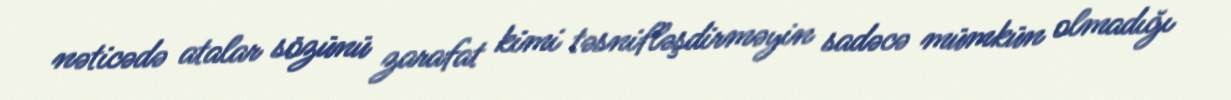
nəticədə atalar sözünü zarafat kimi təsnifləşdirməyin sadəcə mümkün olmadığı